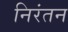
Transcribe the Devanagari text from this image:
निरंतन